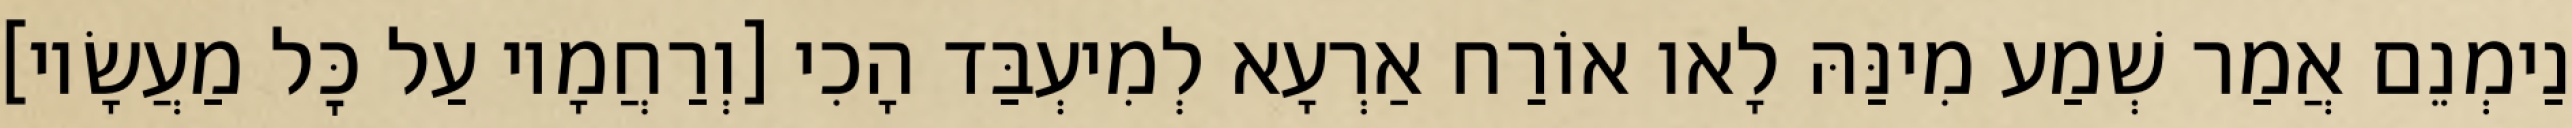
נַימְנֵם אֲמַר שְׁמַע מִינַּהּ לָאו אוֹרַח אַרְעָא לְמִיעְבַּד הָכִי [וְרַחֲמָיו עַל כׇּל מַעֲשָׂיו]